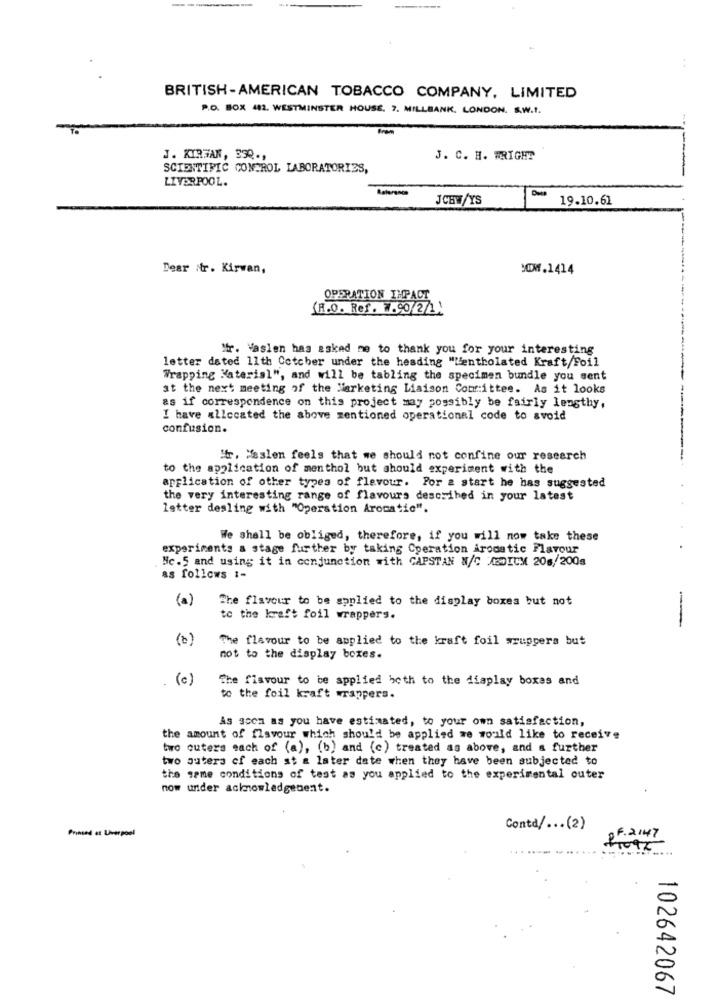
--------
BRITISH-AMERICAN TOBACCO COMPANY, LIMITED
P.O. BOX 482. WESTMINSTER HOUSE, 7. MILLBANK. LONDON. S.W.t.
J. KIRSAN, 350 .,
J. C. H. WRIGHT
SCIENTIFIC CONTROL LABORATORIES,
LIVERPOOL.
JCHW/YS
19.10.61
Dear Nr. Kirwan,
:0W.1414
OPERATION IMPACT
(R.O. Ref. W.90/2/11
Mr. Vaslen has asked me to thank you for your interesting
letter dated 11th Cotcher under the heading "Mentholated Kraft/Foil
Wrapping Material", and will be tabling the specimen bundle you sent
at the next meeting of the Marketing Liaison Comittee. As it looks
as if correspondence on this project may possibly be fairly lengthy,
I have allcoated the above mentioned operational code to avoid
confusion.
Str. Maslen feels that we should not confine our research
to the application of menthol but should experiment with the
application of other types of flavour. Por & start he has suggested
the very interesting range of flavours described in your latest
latter dealing with "Operation Aromatic".
We shall be obliged, therefore, if you will now take these
experiments a stage further by taking Cperation irodatic Flavour
Hc.5 and using it in conjunction with CAPSTAN W/C MEDICM 208/200s
as follows 1-
(a)
The flavour to be applied to the display boxes but not
to the kraft foil wrappers.
(0)
The flavour to be applied to the kraft foil wsuppers but
not to the display boxes.
(c)
The flavour to be applied both to the display boxes and
to the foil kraft wrappers.
As soon as you have estimated, to your own satisfaction,
the amount of flavour which should be applied we would like to receive
two outers each of (a), (b) and (c) treated as above, and a further
two auters of each at a later date when they have been subjected to
the same conditions of test as you applied to the experimental outer
now under acknowledgement.
Prinsed et Liverpool
Conta/ ... (2)
F. 2147
102642067